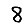
Digit: 8